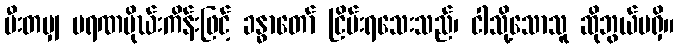
မီးတမျှ မရဏမိုဃ်းကိန်းဖြင့် ခန္ဓာတော် ငြိမ်းရသေးသည်၊ ငါသို့သောသူ ဆိုဘွယ်မရှိ။